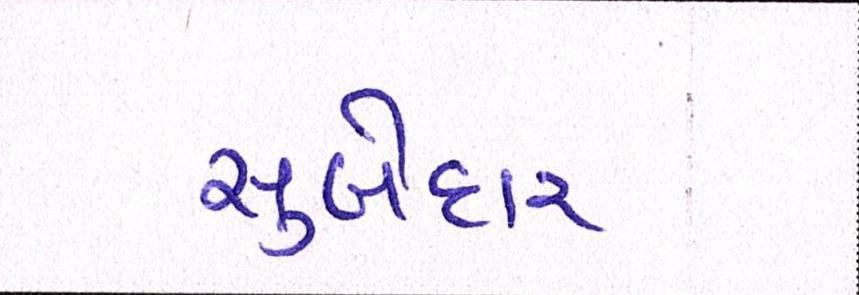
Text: સુબેદાર